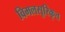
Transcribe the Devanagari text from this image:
विमलसूरिकृत